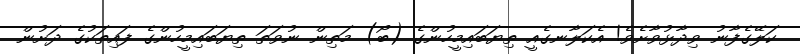
ކަލޭގެފާނު ވިދާޅުވާށެވެ! އެކަލާނގެއީ ތިޔަބައިމީހުންގެ (ބޯ) މަތިން ނުވަތަ ތިޔަބައިމީހުންގެ ފައިތަކުގެ ދަށުން